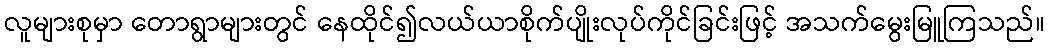
လူများစုမှာ တောရွာများတွင် နေထိုင်၍လယ်ယာစိုက်ပျိုးလုပ်ကိုင်ခြင်းဖြင့် အသက်မွေးမြူကြသည်။